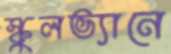
স্কুলভ্যানে